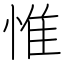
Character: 惟